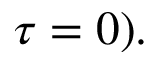
\tau = 0 ) .